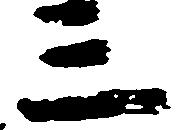
三